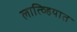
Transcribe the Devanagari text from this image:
लात्व्हियात